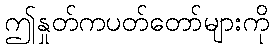
ဤနှုတ်ကပတ်တော်များကို